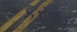
કરવડ